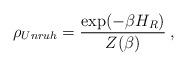
LaTeX: \begin{align*}\rho_{Unruh} = \frac{ \exp ( - \beta H_R ) }{ Z ( \beta ) } \>,\end{align*}